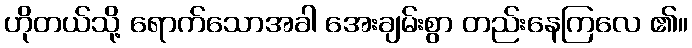
ဟိုတယ်သို့ ရောက်သောအခါ အေးချမ်းစွာ တည်းနေကြလေ ၏။